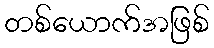
တစ်ယောက်အဖြစ်